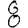
Digit: 8